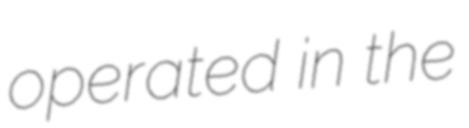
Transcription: operated in the